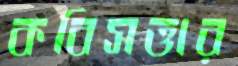
কবিসত্তার